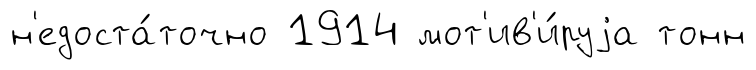
н'едоста́точно 1914 мот'ив'и́руjа тонн